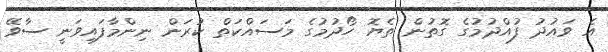
އެ ވައުދު ފުއްދުމުގެ ގޮތުން ތެޔޮ ހޯދުމުގެ މަސައްކަތް ކުރަން ނިންމާފައިވަނީ ސާވޭ